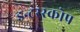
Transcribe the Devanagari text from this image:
इन्टरस्कोप